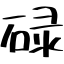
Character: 碌